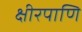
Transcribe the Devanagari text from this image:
क्षीरपाणि